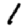
Digit: 1